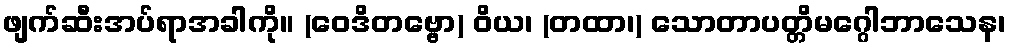
ဖျက်ဆီးအပ်ရာအခါကို။ (ဝေဒိတဗ္ဗော) ဝိယ၊ (တထာ၊) သောတာပတ္တိမဂ္ဂေါဘာသေန၊